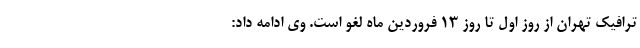
ترافیک تهران از روز اول تا روز ۱۳ فروردین ماه لغو است. وی ادامه داد: